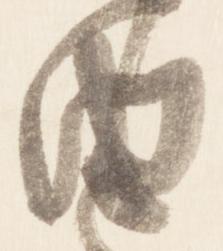
由